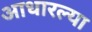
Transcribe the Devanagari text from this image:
आधारल्या